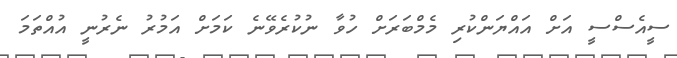
ސީއެސްސީ އަށް އައްޔަންކުރި މެމްބަރަށް ހުވާ ނުކުރެވޭނެ ކަމަށް އަމުރު ނެރުނީ އުއްތަމަ